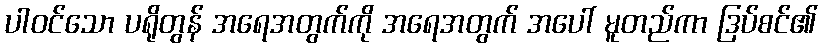
ပါဝင်သော ပရိုတွန် အရေအတွက်ကို အရေအတွက် အပေါ် မူတည်ကာ ဒြပ်စင်၏